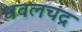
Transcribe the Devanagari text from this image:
धवलचंद्र